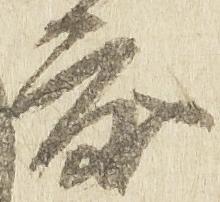
度